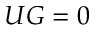
U G = 0